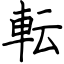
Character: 転